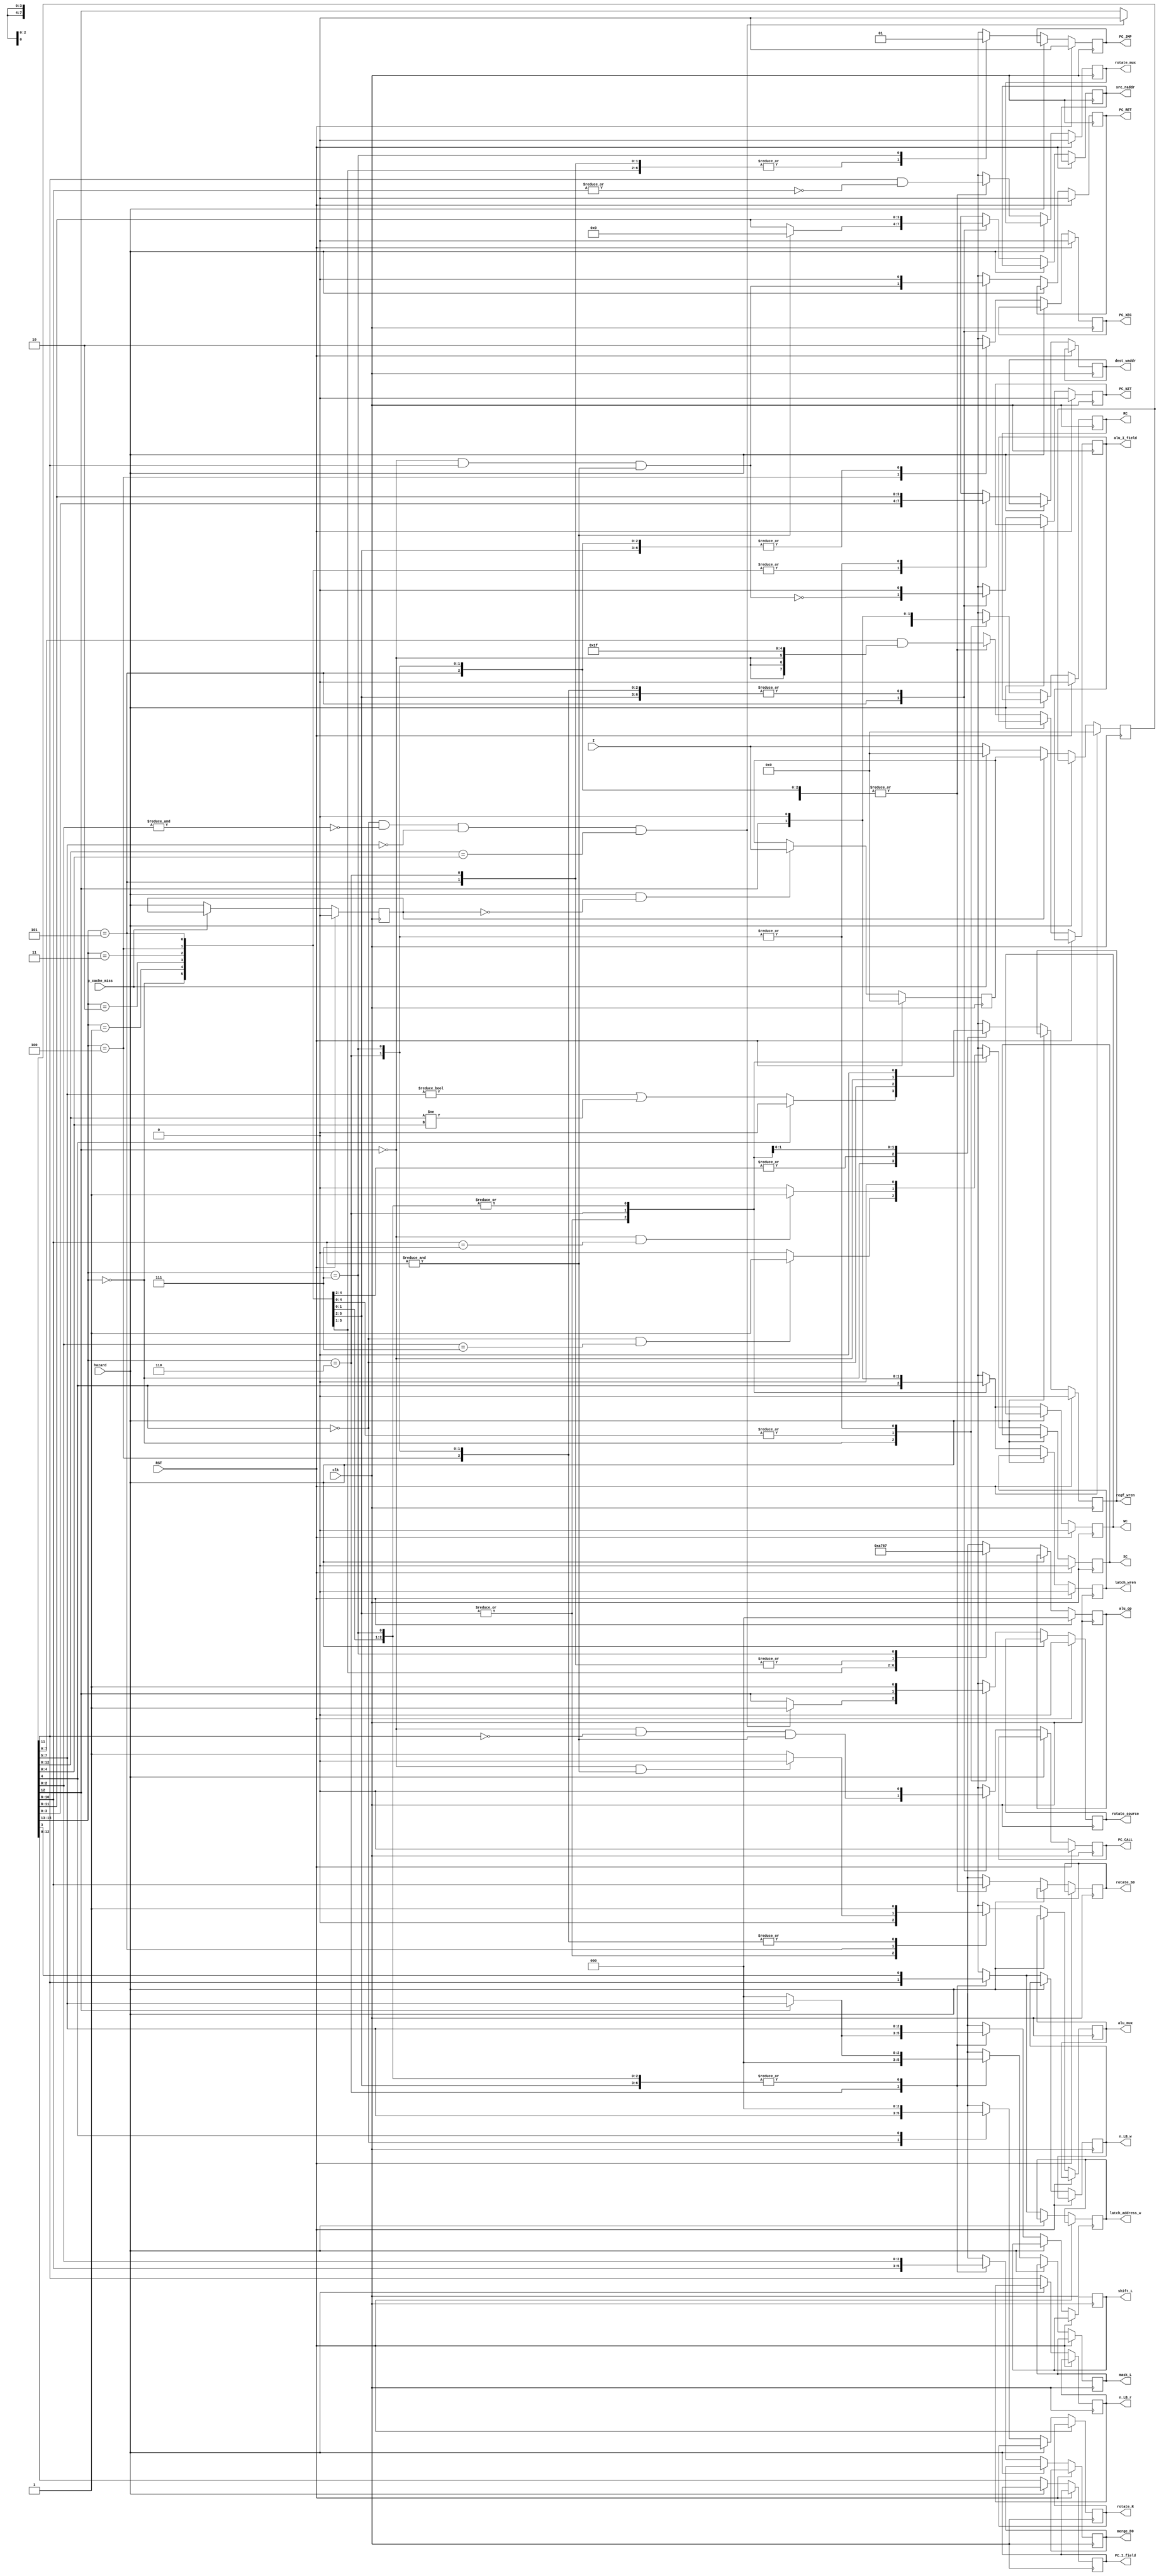
module decode_unit(
		input wire clk,
		input wire RST,
		input wire hazard,
		input wire p_cache_miss,
		input wire[15:0] I,
		output wire SC,
		output wire WC,
		output wire RC,
		output wire n_LB_w,
		output wire n_LB_r,
		output wire[2:0] rotate_S0,
		output wire[2:0] rotate_R,
		output wire rotate_source,
		output wire rotate_mux,
		output wire[2:0] mask_L,
		output wire[2:0] alu_op,
		output wire alu_mux,
		output wire[7:0] alu_I_field,
		output wire latch_wren,
		output wire latch_address_w,
		output wire[2:0] merge_D0,
		output wire[2:0] shift_L,
		output wire[3:0] src_raddr,
		output wire[3:0] dest_waddr,
		output wire regf_wren,
		output wire PC_JMP,
		output wire PC_XEC,
		output wire PC_NZT,
		output wire PC_CALL,
		output wire PC_RET,
		output wire[12:0] PC_I_field);
reg[15:0] I_reg;
reg[15:0] I_alternate;
reg prev_hazard;

reg JMP;
reg NZT;
reg XEC;
reg CALL;
reg RET;
reg regf_wren_reg;
reg SC_reg;
reg WC_reg;
reg RC_reg;
reg[2:0] alu_op_reg;
reg n_LB_w_reg;
reg n_LB_r_reg;
reg[2:0] rotate_S0_reg;
reg[2:0] rotate_R_reg;
reg rotate_source_reg;
reg rotate_mux_reg;
reg[2:0] mask_L_reg;
reg alu_mux_reg;
reg[7:0] alu_I_field_reg;
reg latch_wren_reg;
reg latch_address_w_reg;
reg[2:0] merge_D0_reg;
reg[2:0] shift_L_reg;
reg[3:0] src_raddr_reg, dest_waddr_reg;

reg[12:0] PC_I_field_reg;
//reg long_I_reg;

always @(posedge clk)
begin
	if(RST)
	begin
		I_reg <= 16'h00;
		I_alternate <= 16'h0000;
		prev_hazard <= 1'b0;
	end
	else 
	begin
		if(~p_cache_miss)
			prev_hazard <= hazard;
		if(hazard & (~prev_hazard))
			I_alternate <= I;
		if(~hazard)
		begin
			if(prev_hazard)
				I_reg <= I_alternate;
			else if(p_cache_miss)
				I_reg <= 16'h0000;	//NOP
			else
				I_reg <= I;
		end
	end
	
	if(RST)
	begin
		JMP <= 1'b0;
		NZT <= 1'b0;
		XEC <= 1'b0;
		CALL <= 1'b0;
		RET <= 1'b0;
		regf_wren_reg <= 1'b0;
		SC_reg <= 1'b0;
		WC_reg <= 1'b0;
		RC_reg <= 1'b0;
		alu_op_reg <= 0;
		rotate_source_reg <= 1'b0;
		rotate_mux_reg <= 1'b0;
		latch_wren_reg <= 1'b0;
	end
	else if(~hazard)
	begin
		PC_I_field_reg <= I_reg[12:0];
		//long_I_reg <= ~I_reg[12];
		case(I_reg[4])
		1'b0: rotate_R_reg <= I_reg[7:5];
		1'b1: rotate_R_reg <= 3'b000;
		endcase
		n_LB_r_reg <= I_reg[11];
		
		case(I_reg[15:13])
		3'h0:	//move
		begin
			src_raddr_reg <= I_reg[11:8];
			//n_LB_r_reg <= I_reg[11];
			JMP <= 1'b0;
			
			rotate_mux_reg <= I_reg[11] & (~|I_reg[10:8]);	// true for OVF only, don't care for IV bus
			if((~I_reg[4] & (~&I_reg[2:0])) & (I_reg[7:5] == 3'h0) & (I_reg[12:8] == I_reg[4:0]))	//if NOP
			begin
				rotate_source_reg <= 1'b1;
				RC_reg <= 1'b0;
			end
			else
			begin
				rotate_source_reg <= I_reg[12];
				RC_reg <= I_reg[12];
			end
			
//			case(I_reg[4])
//			1'b0: rotate_R_reg <= I_reg[7:5];
//			1'b1: rotate_R_reg <= 3'b000;
//			endcase
			rotate_S0_reg <= I_reg[10:8];
			
			if(I_reg[12])
				mask_L_reg <= I_reg[7:5];
			else
				mask_L_reg <= 3'h0;
				
			alu_op_reg <= 3'h0;	//move
			alu_mux_reg <= 1'b0;
			alu_I_field_reg <= I_reg[7:0] & {{3{~I_reg[12]}}, 5'b11111};
			
			shift_L_reg <= I_reg[7:5];
			dest_waddr_reg <= I_reg[3:0];
			if(~I_reg[4])
				regf_wren_reg <= ((I_reg[7:5] != 3'h0) | (I_reg[12:8] != I_reg[4:0]));	//prevent NOP from triggering hazard detection
			else
				regf_wren_reg <= 1'b0;
			NZT <= 1'b0;
			XEC <= 1'b0;
			CALL <= 1'b0;
			RET <= 1'b0;
			
			merge_D0_reg <= I_reg[2:0];
			WC_reg <= I_reg[4];
			if(I_reg[4] == 1'b0 && (I_reg[2:0] == 3'h7))
				SC_reg <= 1'b1;
			else
				SC_reg <= 1'b0;
			n_LB_w_reg <= I_reg[3];
			latch_wren_reg <= I_reg[4];
			latch_address_w_reg <= I_reg[3];
		end
		3'h1:	//add
		begin
			src_raddr_reg <= I_reg[11:8];
			//n_LB_r_reg <= I_reg[11];
			JMP <= 1'b0;
			
			rotate_mux_reg <= I_reg[11] & (~|I_reg[10:8]);	// true for OVF only, don't care for IV bus
			rotate_source_reg <= I_reg[12];
			RC_reg <= I_reg[12];
//			case(I_reg[4])
//			1'b0: rotate_R_reg <= I_reg[7:5];
//			1'b1: rotate_R_reg <= 3'b000;
//			endcase
			rotate_S0_reg <= I_reg[10:8];
			
			if(I_reg[12])
				mask_L_reg <= I_reg[7:5];
			else
				mask_L_reg <= 3'h0;
				
			alu_op_reg <= 3'h1;	//add
			alu_mux_reg <= 1'b0;
			alu_I_field_reg <= I_reg[7:0] & {{3{~I_reg[12]}}, 5'b11111};
			
			shift_L_reg <= I_reg[7:5];
			dest_waddr_reg <= I_reg[3:0];
			regf_wren_reg <= ~I_reg[4];
			NZT <= 1'b0;
			XEC <= 1'b0;
			CALL <= 1'b0;
			RET <= 1'b0;
			
			merge_D0_reg <= I_reg[2:0];
			WC_reg <= I_reg[4];
			if(I_reg[4] == 1'b0 && (I_reg[2:0] == 3'h7))
				SC_reg <= 1'b1;
			else
				SC_reg <= 1'b0;
			n_LB_w_reg <= I_reg[3];
			latch_wren_reg <= I_reg[4];
			latch_address_w_reg <= I_reg[3];
		end
		3'h2:	//and
		begin
			src_raddr_reg <= I_reg[11:8];
			//n_LB_r_reg <= I_reg[11];
			JMP <= 1'b0;
			
			rotate_mux_reg <= I_reg[11] & (~|I_reg[10:8]);	// true for OVF only, don't care for IV bus
			rotate_source_reg <= I_reg[12];
			RC_reg <= I_reg[12];
//			case(I_reg[4])
//			1'b0: rotate_R_reg <= I_reg[7:5];
//			1'b1: rotate_R_reg <= 3'b000;
//			endcase
			rotate_S0_reg <= I_reg[10:8];
			
			if(I_reg[12])
				mask_L_reg <= I_reg[7:5];
			else
				mask_L_reg <= 3'h0;
				
			alu_op_reg <= 3'h2;	//and
			alu_mux_reg <= 1'b0;
			alu_I_field_reg <= I_reg[7:0] & {{3{~I_reg[12]}}, 5'b11111};
			
			shift_L_reg <= I_reg[7:5];
			dest_waddr_reg <= I_reg[3:0];
			regf_wren_reg <= ~I_reg[4];
			NZT <= 1'b0;
			XEC <= 1'b0;
			CALL <= 1'b0;
			RET <= 1'b0;
			
			merge_D0_reg <= I_reg[2:0];
			WC_reg <= I_reg[4];
			if(I_reg[4] == 1'b0 && (I_reg[2:0] == 3'h7))
				SC_reg <= 1'b1;
			else
				SC_reg <= 1'b0;
			n_LB_w_reg <= I_reg[3];
			latch_wren_reg <= I_reg[4];
			latch_address_w_reg <= I_reg[3];
		end
		3'h3:	//xor
		begin
			src_raddr_reg <= I_reg[11:8];
			//n_LB_r_reg <= I_reg[11];
			JMP <= 1'b0;
			
			rotate_mux_reg <= I_reg[11] & (~|I_reg[10:8]);	// true for OVF only, don't care for IV bus
			rotate_source_reg <= I_reg[12];
			RC_reg <= I_reg[12];
//			case(I_reg[4])
//			1'b0: rotate_R_reg <= I_reg[7:5];
//			1'b1: rotate_R_reg <= 3'b000;
//			endcase
			rotate_S0_reg <= I_reg[10:8];
			
			if(I_reg[12])
				mask_L_reg <= I_reg[7:5];
			else
				mask_L_reg <= 3'h0;
				
			alu_op_reg <= 3'h3;	//xor
			alu_mux_reg <= 1'b0;
			alu_I_field_reg <= I_reg[7:0] & {{3{~I_reg[12]}}, 5'b11111};
			
			shift_L_reg <= I_reg[7:5];
			dest_waddr_reg <= I_reg[3:0];
			regf_wren_reg <= ~I_reg[4];
			NZT <= 1'b0;
			XEC <= 1'b0;
			CALL <= 1'b0;
			RET <= 1'b0;
			
			merge_D0_reg <= I_reg[2:0];
			WC_reg <= I_reg[4];
			if(I_reg[4] == 1'b0 && (I_reg[2:0] == 3'h7))
				SC_reg <= 1'b1;
			else
				SC_reg <= 1'b0;
			n_LB_w_reg <= I_reg[3];
			latch_wren_reg <= I_reg[4];
			latch_address_w_reg <= I_reg[3];
		end
		3'h4:	//xec
		begin
			src_raddr_reg <= I_reg[11:8];
			//n_LB_r_reg <= I_reg[11];
			JMP <= 1'b0;
			
			rotate_mux_reg <= I_reg[11] & (~|I_reg[10:8]);	// true for OVF only, don't care for IV bus
			rotate_source_reg <= I_reg[12];
			RC_reg <= I_reg[12];
			//rotate_R_reg <= 3'b000;
			rotate_S0_reg <= I_reg[10:8];
			
			if(I_reg[12])
				mask_L_reg <= I_reg[7:5];
			else
				mask_L_reg <= 3'h0;
			
			alu_op_reg <= 3'h5;
			alu_mux_reg <= 1'b1;
			alu_I_field_reg <= I_reg[7:0] & {{3{~I_reg[12]}}, 5'b11111};
			
			shift_L_reg <= I_reg[7:5];
			dest_waddr_reg <= I_reg[3:0];
			regf_wren_reg <= 1'b0;
			NZT <= 1'b0;
			XEC <= 1'b1;
			CALL <= 1'b0;
			RET <= 1'b0;
			
			merge_D0_reg <= I_reg[2:0];
			WC_reg <= 1'b0;
			SC_reg <= 1'b0;
			n_LB_w_reg <= I_reg[3];
			latch_wren_reg <= 1'b0;
			latch_address_w_reg <= I_reg[3];
		end
		3'h5:	//nzt
		begin
			if(&I_reg[10:8])
				src_raddr_reg <= 4'h0;	//read AUX for CALL
			else
				src_raddr_reg <= I_reg[11:8];
			//n_LB_r_reg <= I_reg[11];
			JMP <= 1'b0;
			
			rotate_mux_reg <= I_reg[11] & (~|I_reg[10:8]);	// true for OVF only, don't care for IV bus
			rotate_source_reg <= I_reg[12];
			RC_reg <= I_reg[12];
			//rotate_R_reg <= 3'b000;
			rotate_S0_reg <= I_reg[10:8];
			
			if(I_reg[12])
				mask_L_reg <= I_reg[7:5];
			else
				mask_L_reg <= 3'h0;
			
			alu_op_reg <= 3'h4;
			alu_mux_reg <= ((~I_reg[12]) & (&I_reg[10:8])) ? 1'b0 : 1'b1;
			alu_I_field_reg <= I_reg[7:0] & {{3{~I_reg[12]}}, 5'b11111};
			
			shift_L_reg <= I_reg[7:5];
			dest_waddr_reg <= I_reg[3:0];
			regf_wren_reg <= 1'b0;
			NZT <= ~((~I_reg[12]) & (I_reg[11]) & (&I_reg[10:8]));	//no NZT for return instructions
			XEC <= 1'b0;
			CALL <= (~I_reg[12]) & (~I_reg[11]) & (&I_reg[10:8]);
			RET <= (~I_reg[12]) & (I_reg[11]) & (&I_reg[10:8]);
			
			merge_D0_reg <= I_reg[2:0];
			WC_reg <= 1'b0;
			SC_reg <= 1'b0;
			n_LB_w_reg <= I_reg[3];
			latch_wren_reg <= 1'b0;
			latch_address_w_reg <= I_reg[3];
		end
		3'h6:	//xmit
		begin
			src_raddr_reg <= I_reg[11:8];
			//n_LB_r_reg <= I_reg[11];
			JMP <= 1'b0;
			
			rotate_mux_reg <= I_reg[11] & (~|I_reg[10:8]);	// true for OVF only, don't care for IV bus
			rotate_source_reg <= 1'b1;
			RC_reg <= 1'b0;
			//rotate_R_reg <= 3'b000;
			rotate_S0_reg <= I_reg[10:8];
			mask_L_reg <= 3'h0;
			
			if(I_reg[12])
				shift_L_reg <= I_reg[7:5];
			else
				shift_L_reg <= 3'h0;
			
			alu_op_reg <= 3'h4;
			alu_mux_reg <= 1'b1;
			alu_I_field_reg <= I_reg[7:0] & {{3{~I_reg[12]}}, 5'b11111};
			
			dest_waddr_reg <= I_reg[11:8];
			regf_wren_reg <= ~I_reg[12];
			NZT <= 1'b0;
			XEC <= 1'b0;
			CALL <= 1'b0;
			RET <= 1'b0;
			
			merge_D0_reg <= I_reg[10:8];
			WC_reg <= I_reg[12];
			if(I_reg[12] == 1'b0 && (I_reg[10:8] == 3'h7))
				SC_reg <= 1'b1;
			else
				SC_reg <= 1'b0;
			n_LB_w_reg <= I_reg[11];
			latch_wren_reg <= I_reg[12];
			latch_address_w_reg <= I_reg[11];
		end
		3'h7:	//jmp
		begin
			src_raddr_reg <= I_reg[11:8];
			//n_LB_r_reg <= I_reg[11];
			JMP <= 1'b1;
			
			rotate_mux_reg <= I_reg[11] & (~|I_reg[10:8]);	// true for OVF only, don't care for IV bus
			rotate_source_reg <= 1'b1;
			RC_reg <= 1'b0;
			//rotate_R_reg <= 3'b000;
			rotate_S0_reg <= I_reg[10:8];
			
			if(I_reg[12])
				mask_L_reg <= I_reg[7:5];
			else
				mask_L_reg <= 3'h0;
			
			alu_op_reg <= 3'h7;
			alu_mux_reg <= 1'b1;
			alu_I_field_reg <= I_reg[7:0] & {{3{~I_reg[12]}}, 5'b11111};
			
			shift_L_reg <= I_reg[7:5];
			dest_waddr_reg <= I_reg[11:8];
			regf_wren_reg <= 1'b0;
			NZT <= 1'b0;
			XEC <= 1'b0;
			CALL <= 1'b0;
			RET <= 1'b0;
			
			merge_D0_reg <= I_reg[2:0];
			WC_reg <= 1'b0;
			SC_reg <= 1'b0;
			n_LB_w_reg <= I_reg[3];
			latch_wren_reg <= 1'b0;
			latch_address_w_reg <= I_reg[3];
		end
		endcase
	end
end
assign SC = SC_reg;
assign WC = WC_reg;
assign RC = RC_reg;
assign n_LB_w = n_LB_w_reg;
assign n_LB_r = n_LB_r_reg;
assign rotate_S0 = rotate_S0_reg;
assign rotate_R = rotate_R_reg;
assign rotate_source = rotate_source_reg;
assign rotate_mux = rotate_mux_reg;
assign mask_L = mask_L_reg;
assign alu_op = alu_op_reg;
assign alu_mux = alu_mux_reg;
assign alu_I_field = alu_I_field_reg;
assign latch_wren = latch_wren_reg;
assign latch_address_w = latch_address_w_reg;
assign merge_D0 = merge_D0_reg;
assign shift_L = shift_L_reg;
assign src_raddr = src_raddr_reg;
assign dest_waddr = dest_waddr_reg;
assign regf_wren = regf_wren_reg;
assign PC_JMP = JMP;
assign PC_XEC = XEC;
assign PC_NZT = NZT;
assign PC_CALL = CALL;
assign PC_RET = RET;
assign PC_I_field = PC_I_field_reg;
//assign long_I = long_I_reg;
endmodule